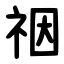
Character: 䄄